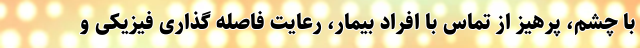
با چشم، پرهیز از تماس با افراد بیمار، رعایت فاصله گذاری فیزیکی و